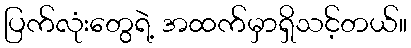
ပြက်လုံးတွေရဲ့ အထက်မှာရှိသင့်တယ်။